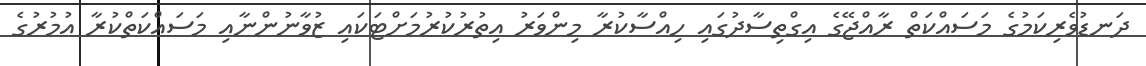
ދަނޑުވެރިކަމުގެ މަސައްކަތް ރާއްޖޭގެ އިގްތިސާދުގައި ހިއްސާކުރާ މިންވަރު އިތުރުކުރުމަށްޓަކައި ޒުވާނުންނާއި މަސައްކަތްކުރާ އުމުރުގެ